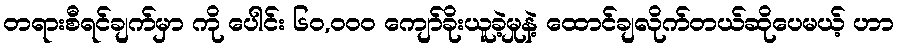
တရားစီရင်ချက်မှာ ကို ပေါင်း ၆၀,၀၀၀ ကျော်ခိုးယူခဲ့မှုနဲ့ ထောင်ချလိုက်တယ်ဆိုပေမယ့် ဟာ